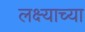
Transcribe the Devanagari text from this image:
लक्ष्याच्या